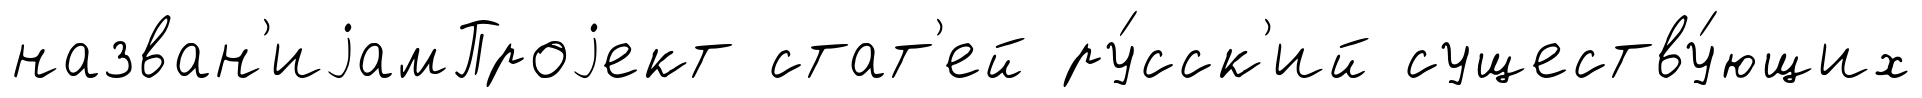
назван'иjамПроjект стат'ей ру́сск'ий существу́ющих